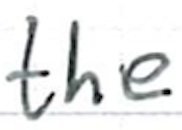
Text: the
Cross-out: clean
Writing tool: ballpoint